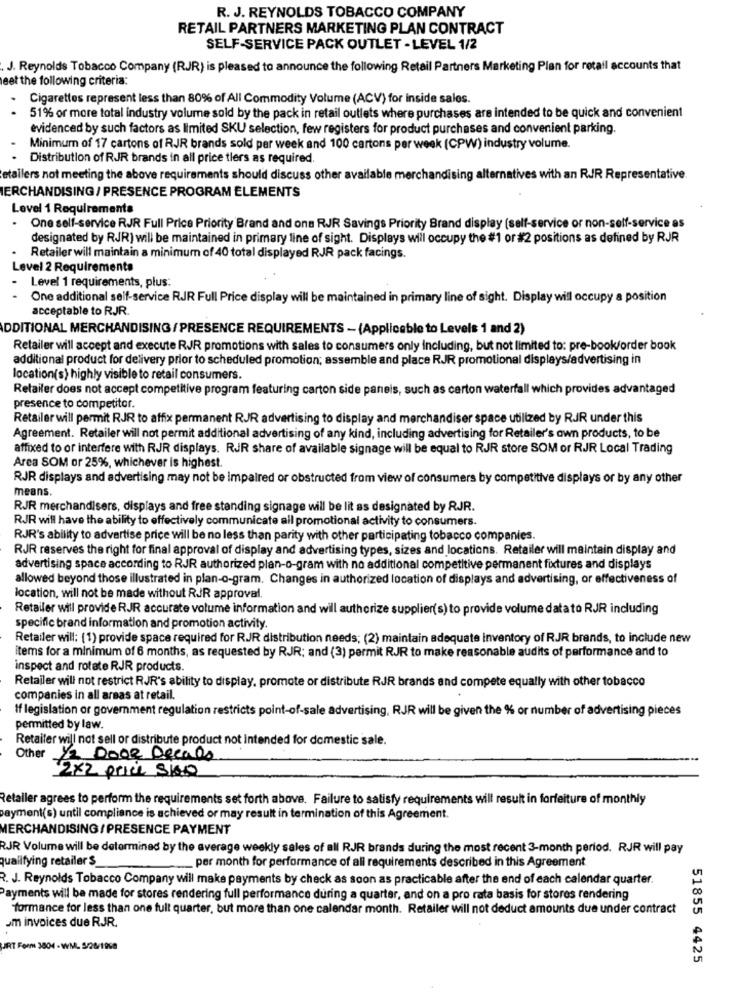
R. J. REYNOLDS TOBACCO COMPANY
RETAIL PARTNERS MARKETING PLAN CONTRACT
SELF-SERVICE PACK OUTLET - LEVEL 1/2
J. Reynolds Tobacco Company (RJR) is pleased to announce the following Retail Partners Marketing Plan for retail accounts that
eet the following criteria:
Cigarettes represent less than 80% of All Commodity Volume (ACV) for Inside sales.
51% or more total industry volume sold by the pack in retail outlets where purchases are intended to be quick and convenient
evidenced by such factors as limited SKU selection, few registers for product purchases and convenient parking.
Minimum of 17 cartons of RJR brands sold per week and 100 cartons per week (CPW) industry volume.
Distribution of RJR brands in all price tiers as required.
etallers not meeting the above requirements should discuss other available merchandising alternatives with an RJR Representative.
ERCHANDISING / PRESENCE PROGRAM ELEMENTS
Level 1 Requirements
One self-service RJR Full Price Priority Brand and ons RJR Savings Priority Brand display (self-service or non-self-service as
designated by RJR) will be maintained in primary line of sight. Displays will occupy the #1 or #2 positions as defined by RJR
Retailer will maintain a minimum of 40 total displayed RJR pack facings.
Level 2 Requirements
Level 1 requirements, plus:
One additional self-service RJR Full Price display will be maintained in primary line of sight. Display will occupy a position
acceptable to RJR.
ADDITIONAL MERCHANDISING / PRESENCE REQUIREMENTS - (Applicable to Levels 1 and 2)
Retailer will accept and execute RJR promotions with sales to consumers only including, but not limited to: pre-book/order book
additional product for delivery prior to scheduled promotion; assemble and place RJR promotional displays/advertising in
location(s) highly visible to retail consumers.
Retailer does not accept competitive program featuring carton side panels, such as carton waterfall which provides advantaged
presence to competitor.
Retailer will permit RJR to affix permanent RJR advertising to display and merchandiser space utilized by RJR under this
Agreement. Retailer will not permit additional advertising of any kind, including advertising for Retailer's own products, to be
affixed to or interfere with RJR displays. RJR share of available signage will be equal to RJR store SOM or RJR Local Trading
Area SOM or 25%, whichever is highest.
RJR displays and advertising may not be impaired or obstructed from view of consumers by competitive displays or by any other
means.
RJR merchandisers, displays and free standing signage will be lit as designated by RJR.
RJR will have the ability to effectively communicate all promotional activity to consumers.
RJR's ability to advertise price will be no less than parity with other participating tobacco companies.
RJR reserves the right for final approval of display and advertising types, sizes and locations. Retailer will maintain display and
advertising space according to RJR authorized plan-o-gram with no additional competitive permanent fixtures and displays
allowed beyond those illustrated in plan-o-gram. Changes in authorized location of displays and advertising, or effectiveness of
location, will not be made without RJR approval.
Retailer will provide RJR accurate volume information and will authorize supplier(s) to provide volume datato RJR including
specific brand information and promotion activity.
Retailer will: (1) provide space required for RJR distribution needs; (2) maintain adequate inventory of RJR brands, to include new
items for a minimum of 6 months, as requested by RJR; and (3) permit RJR to make reasonable audits of performance and to
inspect and rotate RJR products.
Retailer will not restrict RJR's ability to display, promote or distribute RJR brands and compete equally with other tobacco
companies in all areas at retail.
If legislation or government regulation restricts point-of-sale advertising, RJR will be given the % or number of advertising pieces
permitted by law.
Retailer will not sell or distribute product not intended for domestic sale.
Other 1/2 DOOR Decals
2×2 price Sko
Retaller agrees to perform the requirements set forth above. Failure to satisfy requirements will result in forfeiture of monthly
payment(s) until compliance is achieved or may result in termination of this Agreement.
MERCHANDISING / PRESENCE PAYMENT
RJR Volume will be determined by the average weekly sales of all RJR brands during the most recent 3-month period. RJR will pay
quailfying retailer $
_per month for performance of all requirements described in this Agreement
R. J. Reynolds Tobacco Company will make payments by check as soon as practicable after the end of each calendar quarter.
Payments will be made for stores rendering full performance during a quarter, and on a pro rata basis for stores rendering
formance for less than one full quarter, but more than one calendar month. Retailer will not deduct amounts due under contract
um invoices due RJR.
JRT Form 3804 - WM. 5/26/1998
51855 4425